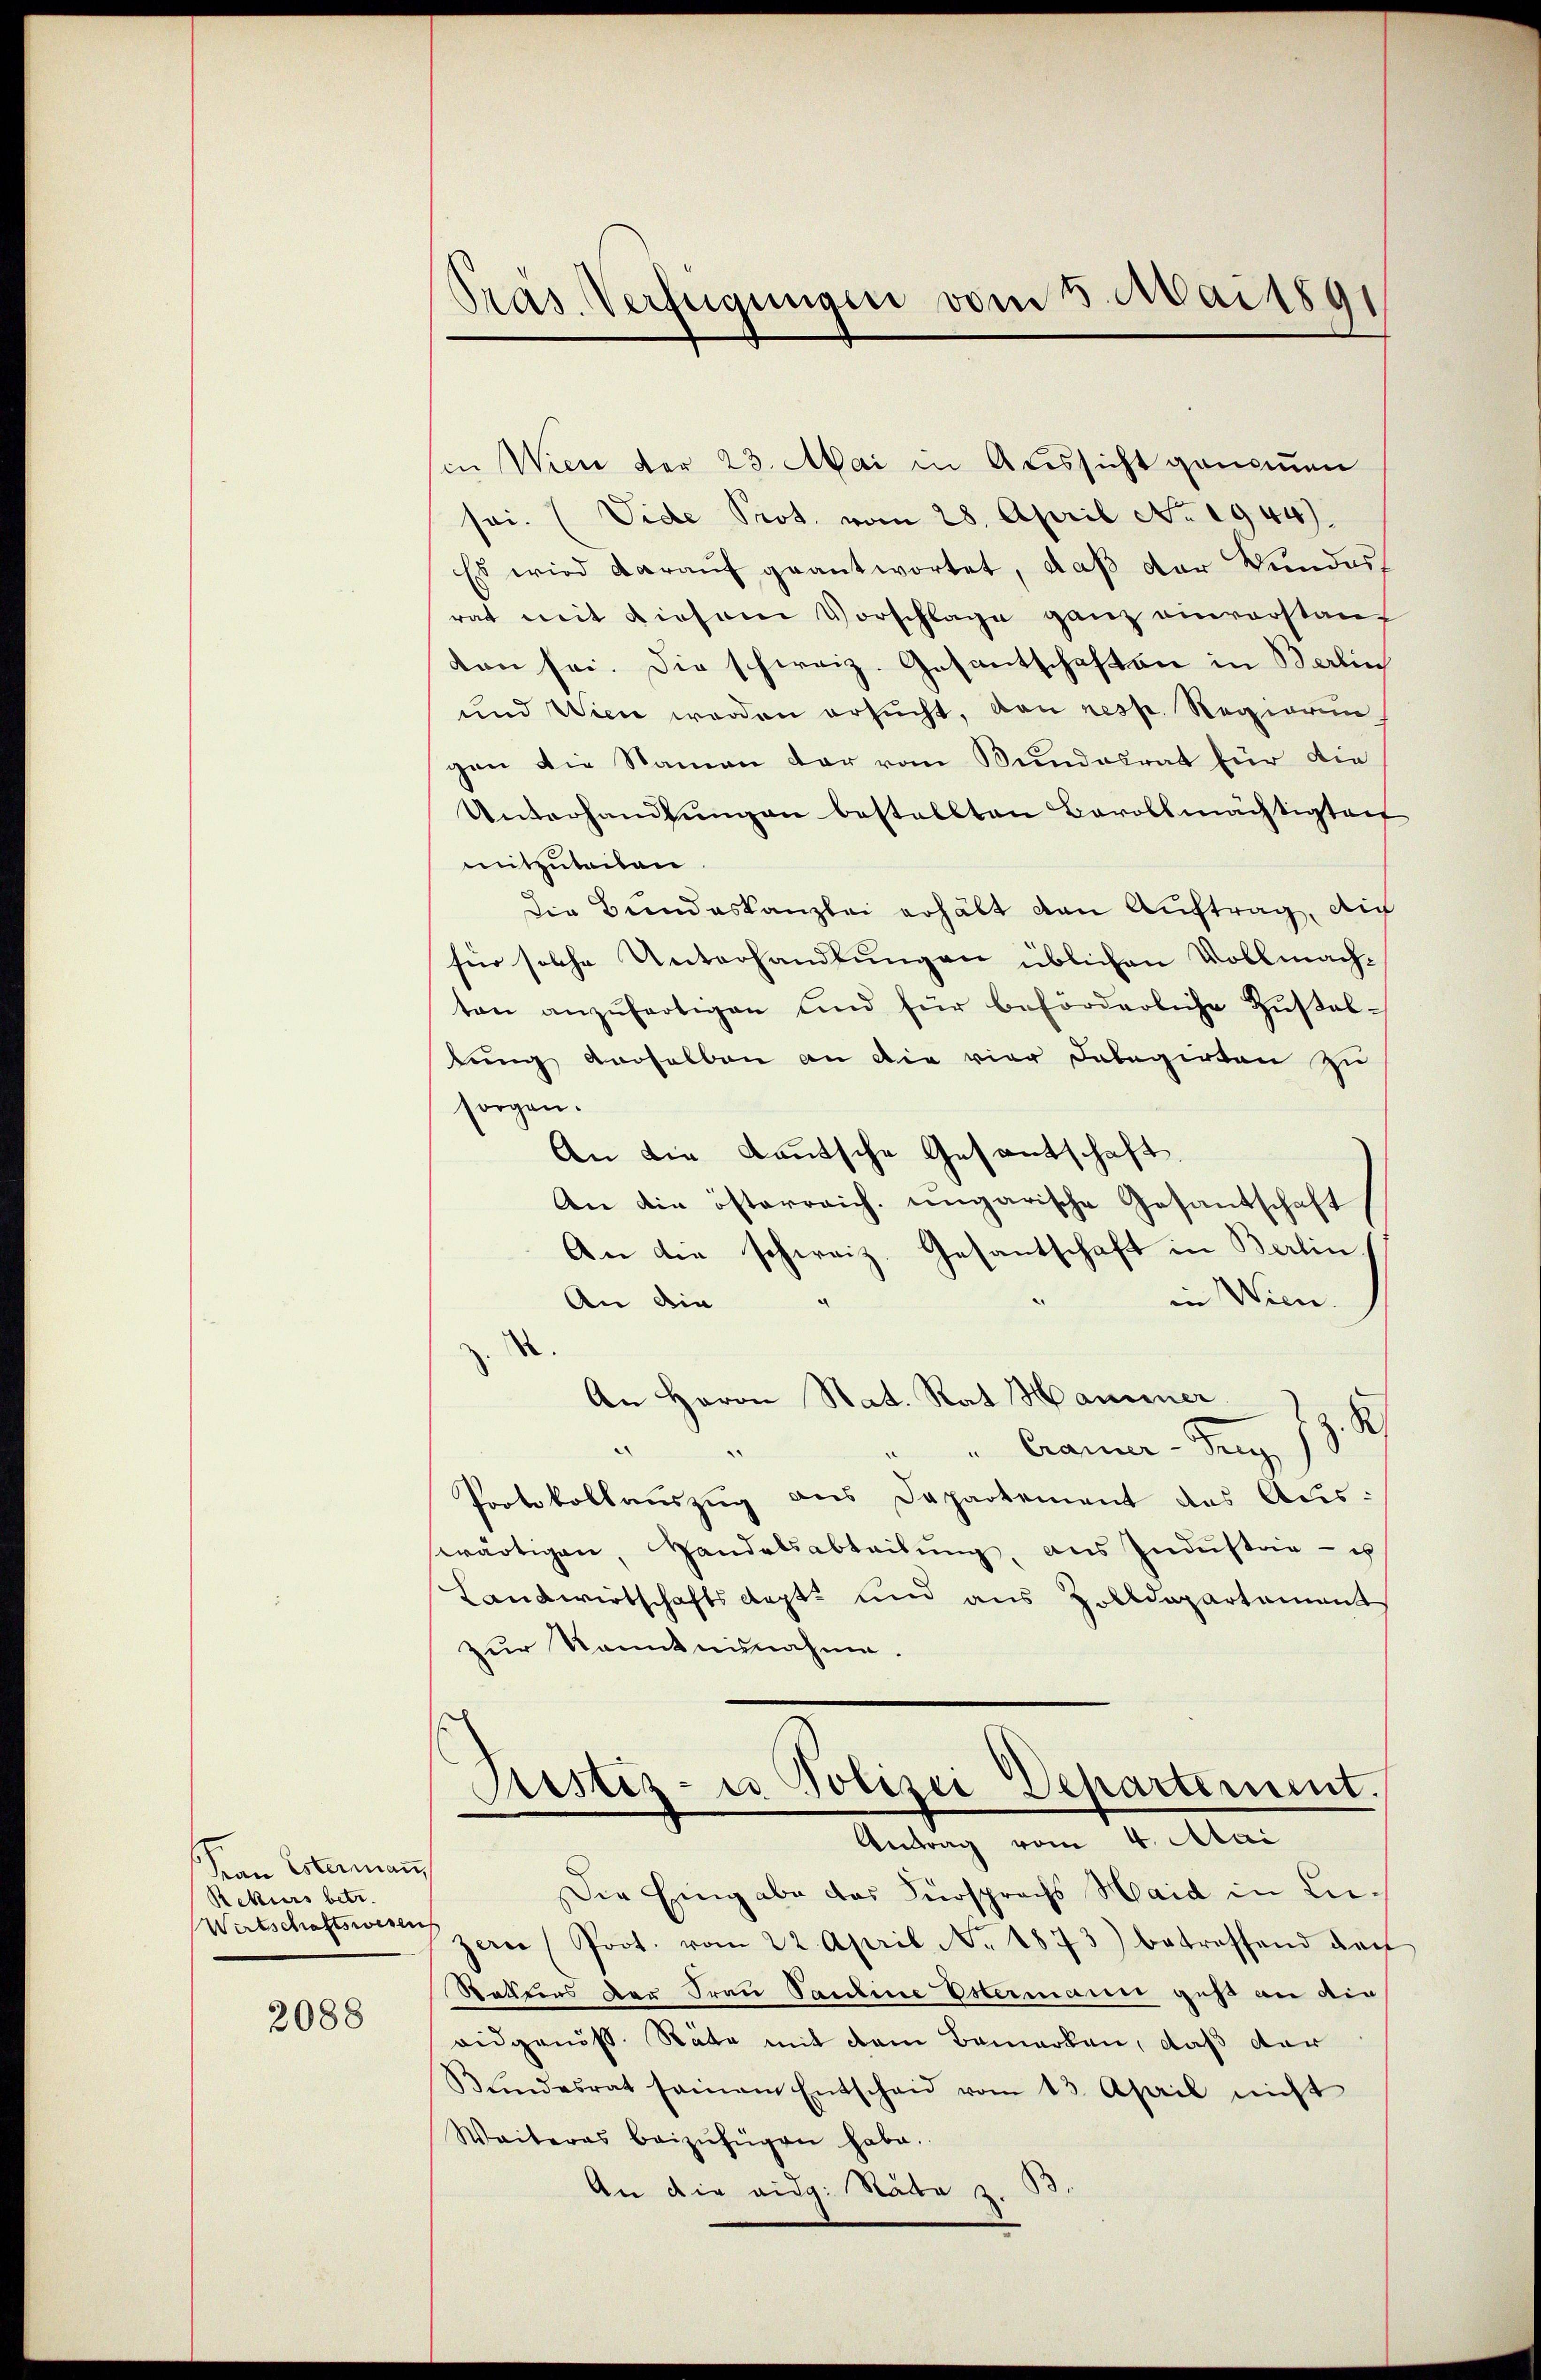
Fan Estermaṅ,
Rekurs betr.
Wirtschaftswesen

2088

Präs. Verfügungen vom 5. Mai 1891

in Wien der 23. Mai in Aussicht genommen
sei. (Vide Prot. vom 28. April No. 1944).
Es wird darauf geantwortet, daß der Bundes
rat mit diesem Vorschlage ganz einverstanz
ten sei. Die schweiz. Gesantschaften in Berlin
und Wien werden ersucht, von resp. Regierun
gen die Namen der vom Bundesrat für die
Unterhandlungen bestallten Bevollmächtigteit
mitzuteilen.
die Bundeskanzlei erhält den Auftrag, die
für solche Unterhandlungen üblichen Vollmachton anzŭfertigen und für beförderliche Zŭstal-
lung derselben an die vier Delegirten zu
sorgen.
An die deutsche Gesantschaft.
An die österreich. ungarische Gesantschaft
An die schweiz. Gesantschaft in Berlin
in Wien.
An die
d
An Herrn Nat. Rat Hammer.
d
" Craner-Trey,
Protokollauszug aus Departement des Auswärtigen, Handelsabteilŭng, aus Indŭstrie - es
Landwirtschaftsdept. und aus Zolldepartement
zur Kenntnisnahme.

Justiz- u Polizei Departement.
Antrag vom 4. Mai

Die Eingabe das Fürsprachs Haid in Lie¬
Pzern (Prot. vom 22. April No 1873) betreffend den
Stattens der Frau Pauline Estermann ges an die
aidgenöss. Räte mit dem Bemerken, daß der
Bŭndesrat seinem Entscheid vom 13. April nicht
Weiteres beizufügen habe.
An die eidg. Nade z.